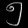
Digit: ၅